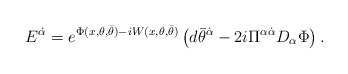
\begin{align*} {E}^{\dot{\alpha}}= e^{\Phi (x,\theta, \bar{\theta}) -i W (x,\theta, \bar{\theta})} \left( d\bar{\theta}^{\dot{\alpha}}- {2i} \Pi^{\alpha\dot{\alpha}}D_\alpha \Phi \right).\end{align*}